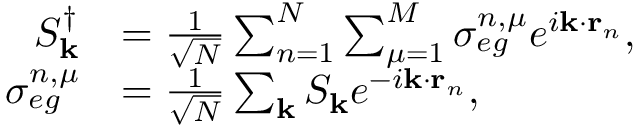
\begin{array} { r l } { S _ { \mathbf { k } } ^ { \dagger } } & { = \frac { 1 } { \sqrt { N } } \sum _ { n = 1 } ^ { N } \sum _ { \mu = 1 } ^ { M } \sigma _ { e g } ^ { n , \mu } e ^ { i \mathbf { k } \cdot \mathbf { r } _ { n } } , } \\ { \sigma _ { e g } ^ { n , \mu } } & { = \frac { 1 } { \sqrt { N } } \sum _ { \mathbf { k } } S _ { \mathbf { k } } e ^ { - i \mathbf { k } \cdot \mathbf { r } _ { n } } , } \end{array}